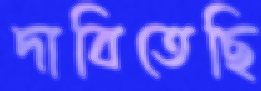
দাবিতেছি